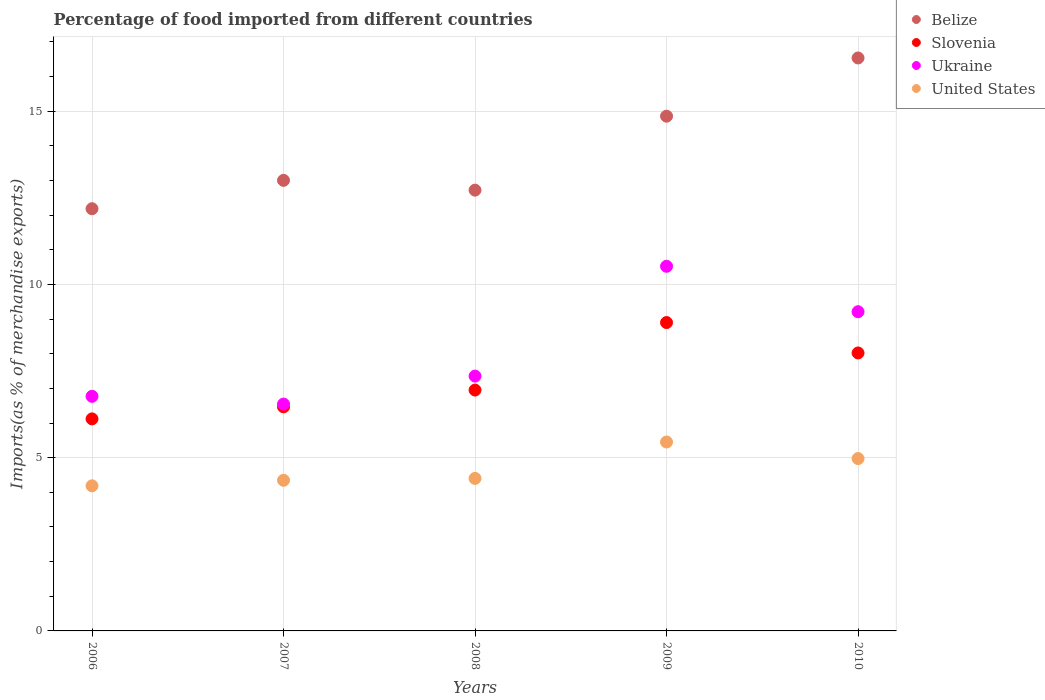
| Years | Belize | Slovenia | Ukraine | United States |
 | --- | --- | --- | --- | --- |
 | 2006 | 12.2 | 6.12 | 6.77 | 4.19 |
 | 2007 | 13 | 6.47 | 6.55 | 4.35 |
 | 2008 | 12.7 | 6.95 | 7.35 | 4.4 |
 | 2009 | 14.9 | 8.9 | 10.5 | 5.45 |
 | 2010 | 16.5 | 8.02 | 9.21 | 4.97 |